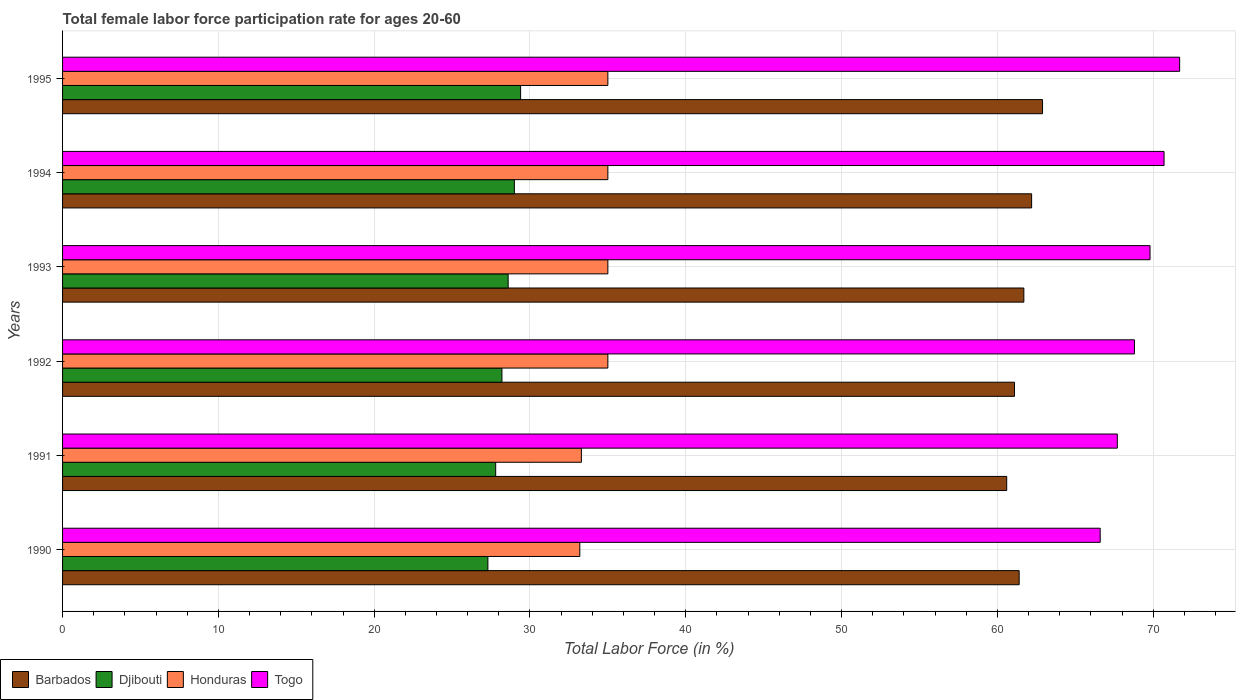
| Years | Barbados | Djibouti | Honduras | Togo |
 | --- | --- | --- | --- | --- |
 | 1990 | 61.4 | 27.3 | 33.2 | 66.6 |
 | 1991 | 60.6 | 27.8 | 33.3 | 67.7 |
 | 1992 | 61.1 | 28.2 | 35 | 68.8 |
 | 1993 | 61.7 | 28.6 | 35 | 69.8 |
 | 1994 | 62.2 | 29 | 35 | 70.7 |
 | 1995 | 62.9 | 29.4 | 35 | 71.7 |